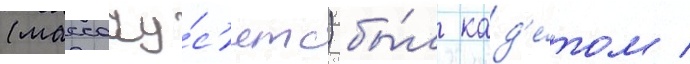
(массачу́с'етс) бы́л кад'е́том /